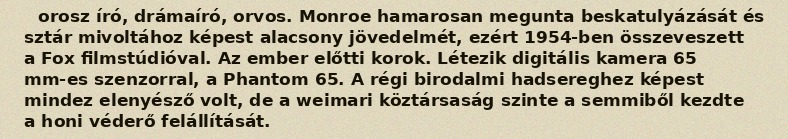
orosz író, drámaíró, orvos. Monroe hamarosan megunta beskatulyázását és sztár mivoltához képest alacsony jövedelmét, ezért 1954-ben összeveszett a Fox filmstúdióval. Az ember előtti korok. Létezik digitális kamera 65 mm-es szenzorral, a Phantom 65. A régi birodalmi hadsereghez képest mindez elenyésző volt, de a weimari köztársaság szinte a semmiből kezdte a honi véderő felállítását.